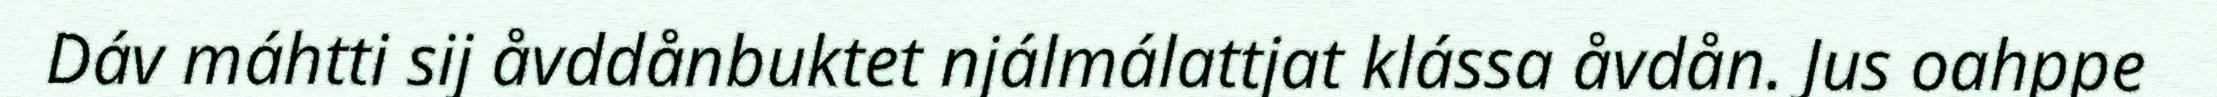
Dáv máhtti sij åvddånbuktet njálmálattjat klássa åvdån. Jus oahppe